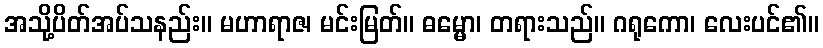
အသို့ပိတ်အပ်သနည်း။ မဟာရာဇ၊ မင်းမြတ်။ ဓမ္မော၊ တရားသည်။ ဂရုကော၊ လေးပင်၏။